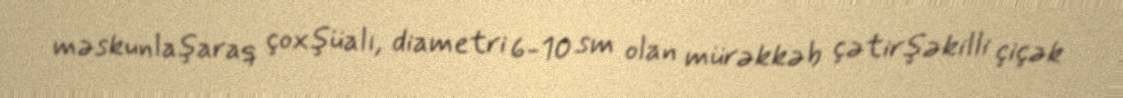
məskunlaşaraq çoxşüalı, diametri 6-10 sm olan mürəkkəb çətirşəkilli çiçək